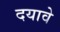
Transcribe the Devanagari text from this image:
दयावे